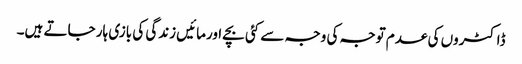
ڈاکٹروں کی عدم توجہ کی وجہ سے کئی بچے اورمائیں زندگی کی بازی ہار جاتے ہیں۔